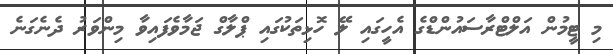
މި ޓީމުން އަލްޓްރާސައުންޑްގެ އެހީގައި ލޭ ހޮޅިތަކުގައި ޕްލާގް ޖަމާވެފައިވާ މިންވަރު ދެނެގަނެ